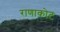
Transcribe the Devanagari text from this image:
राणाकोट